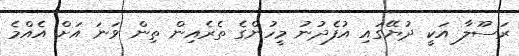
ރަސޫލާ އަކީ ދުޔޭގައި އުފެދުނު މީހުންގެ ތެރެއިން ތިން ވަނަ އަށް އެއްމެ